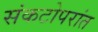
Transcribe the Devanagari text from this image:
संकटोपरांत